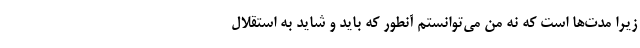
زیرا مدت‌ها است که نه من می‌توانستم آنطور که باید و شاید به استقلال